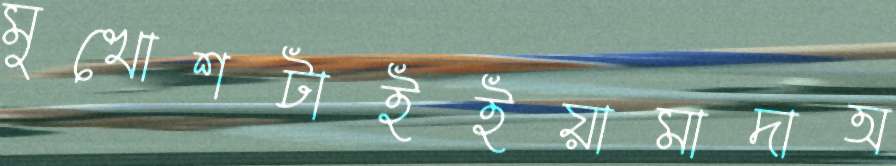
মুখোশটাইইয়ামাদাঅ